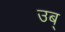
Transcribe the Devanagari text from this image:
उब्